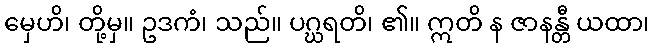
မှေဟိ၊ တို့မှ။ ဥဒကံ၊ သည်။ ပဂ္ဃရတိ၊ ၏။ ဣတိ န ဇာနန္တီ ယထာ၊